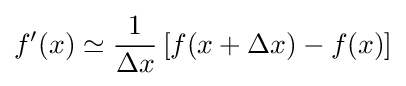
f'(x)\simeq {\frac {1}{\Delta x}}\left[f(x+\Delta x)-f(x)\right]